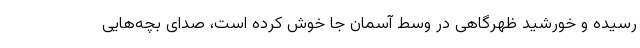
رسیده و خورشید ظهرگاهی در وسط آسمان جا خوش کرده است، صدای بچه‌هایی